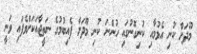
މޫދަށް ކުނި އެޅުމާއި ކުނިގޮނުގައި ހުންނަ ކުނި މޫދަށް ފެއިބުމުގެ ނަތީޖާއަކަށްވެފައި ވަނީ